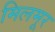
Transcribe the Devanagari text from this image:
मिलमूर